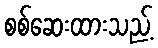
စစ်ဆေးထားသည့်